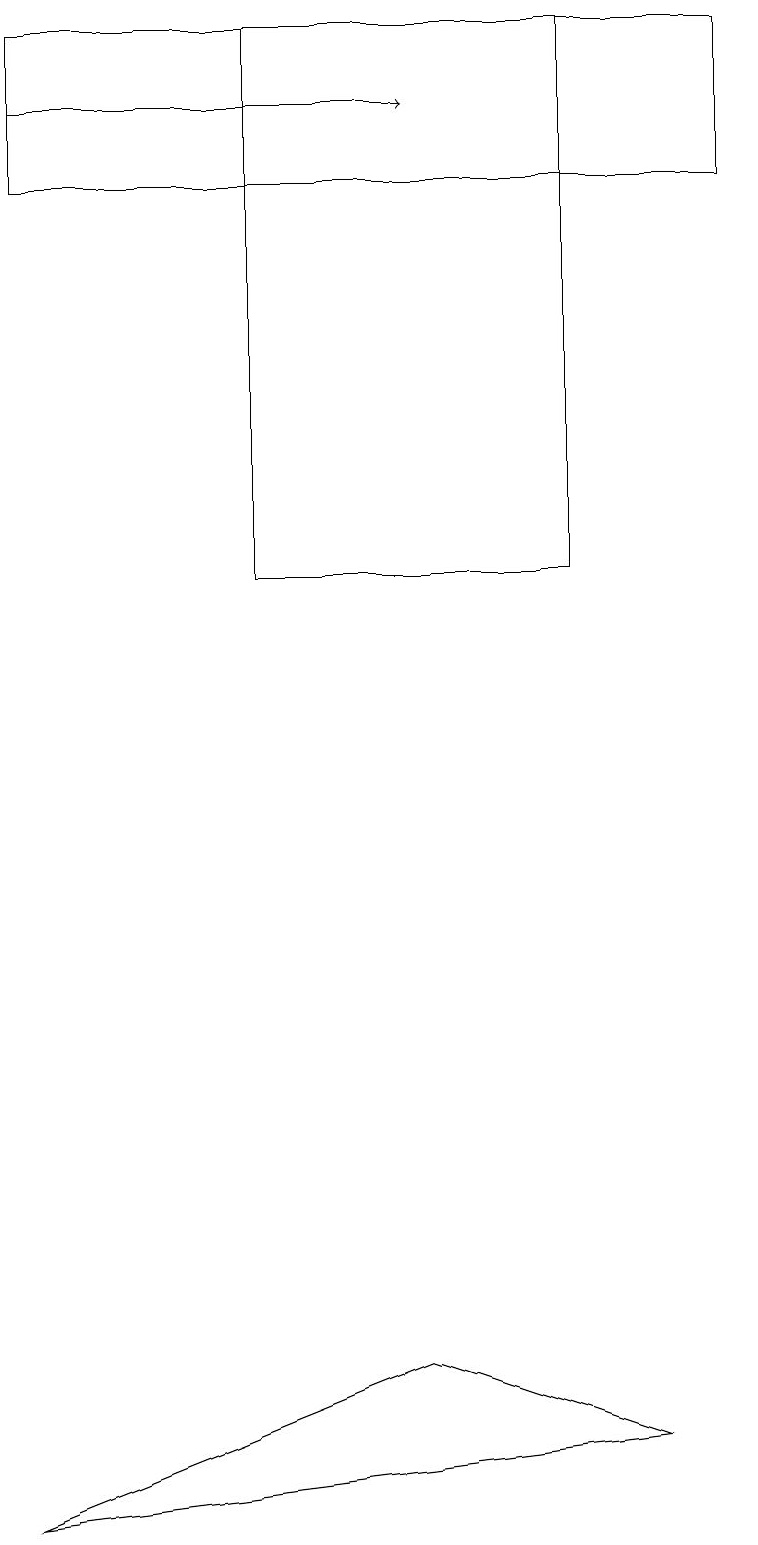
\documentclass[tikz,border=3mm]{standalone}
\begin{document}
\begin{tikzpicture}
\draw (0,0) -- (5,2) -- (8,1) -- cycle;
\draw (3,19) rectangle (7,12);
\draw (0,17) rectangle (9,19);
\draw[->] (0,18) -- (5,18);
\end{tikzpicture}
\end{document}